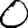
Digit: 0